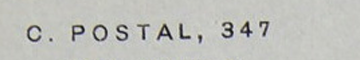
C. POSTAL, 347